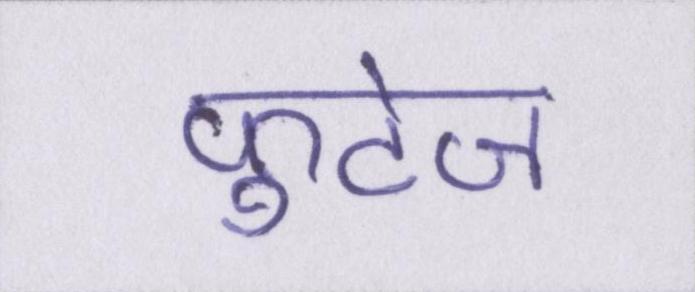
फुटेज